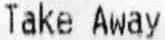
TAKE AWAY